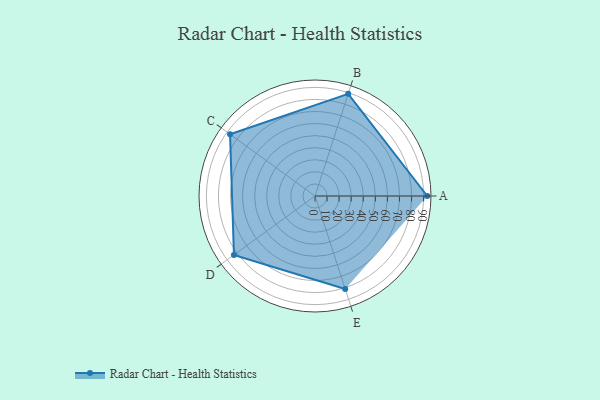
{"axis": {"x": "Skill", "y": "Score"}, "legend": ["Profile"], "data": [{"x": "A", "y": 93.0, "type": "Profile"}, {"x": "B", "y": 89.0, "type": "Profile"}, {"x": "C", "y": 87.0, "type": "Profile"}, {"x": "D", "y": 83.0, "type": "Profile"}, {"x": "E", "y": 81.0, "type": "Profile"}]}